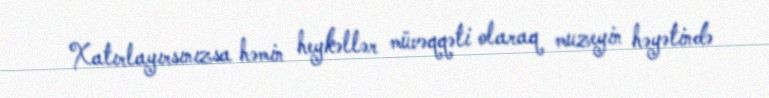
Xatırlayırsınızsa həmin heykəllər müvəqqəti olaraq muzeyin həyətində